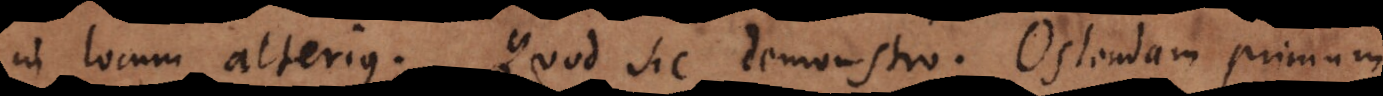
in locum alterius. Quod sic demonstro. Ostendam primum